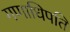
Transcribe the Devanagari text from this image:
गणाधिपति